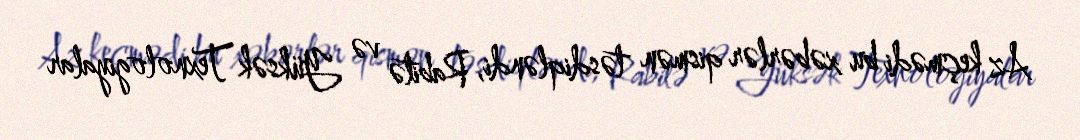
Az keçmədi bu xəbərlər qismən təsdiqləndi, Rabitə və Yüksək Texnologiyalar